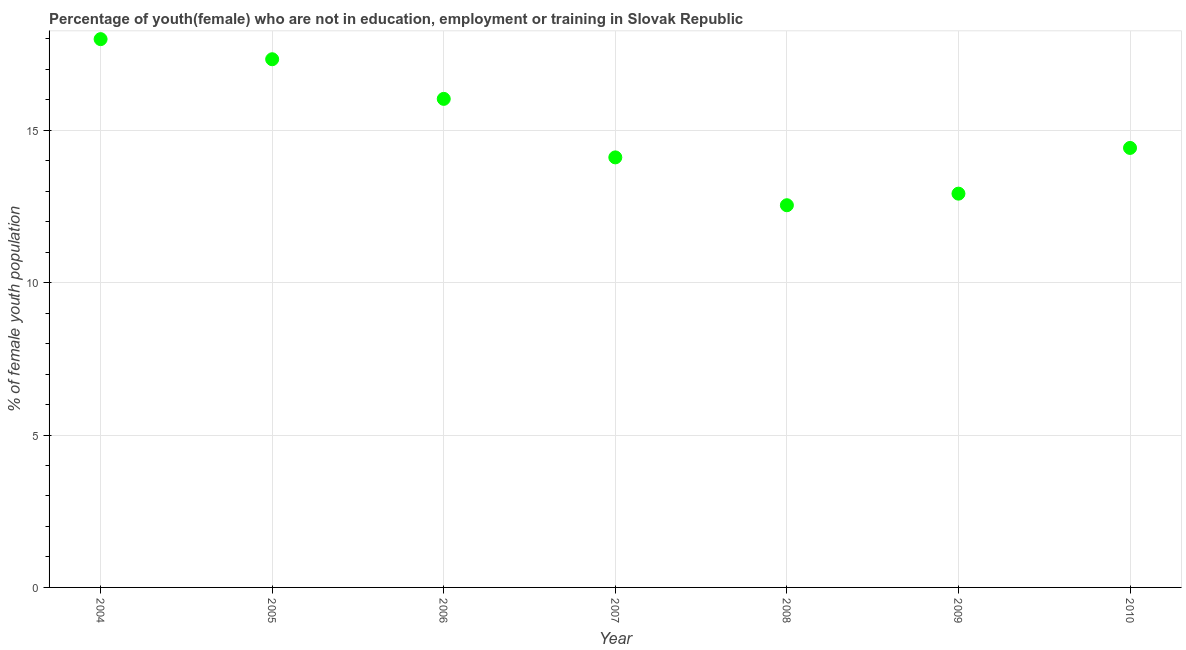
| Year | Unemployed(female) |
 | --- | --- |
 | 2004 | 18 |
 | 2005 | 17.3 |
 | 2006 | 16 |
 | 2007 | 14.1 |
 | 2008 | 12.5 |
 | 2009 | 12.9 |
 | 2010 | 14.4 |